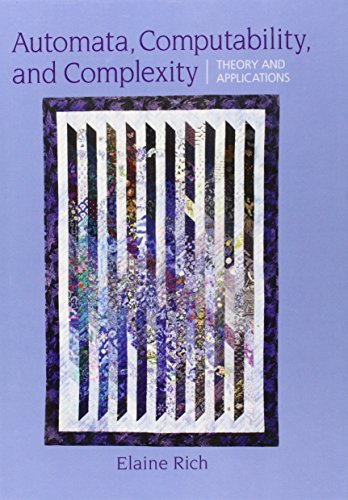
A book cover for Automata, Computability and Complexity: Theory and Applications; Elaine A. Rich; Computers & Technology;